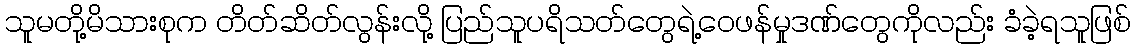
သူမတို့မိသားစုက တိတ်ဆိတ်လွန်းလို့ ပြည်သူပရိသတ်တွေရဲ့ဝေဖန်မှုဒဏ်တွေကိုလည်း ခံခဲ့ရသူဖြစ်